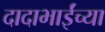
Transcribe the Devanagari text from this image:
दादाभाईंच्या